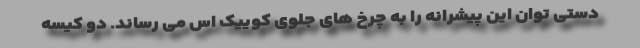
دستی توان این پیشرانه را به چرخ های جلوی کوییک اس می رساند. دو کیسه